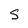
Character: S